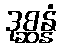
ဒုစ္ဆန္နံ